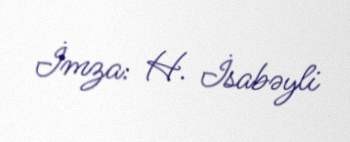
İmza: H. İsabəyli